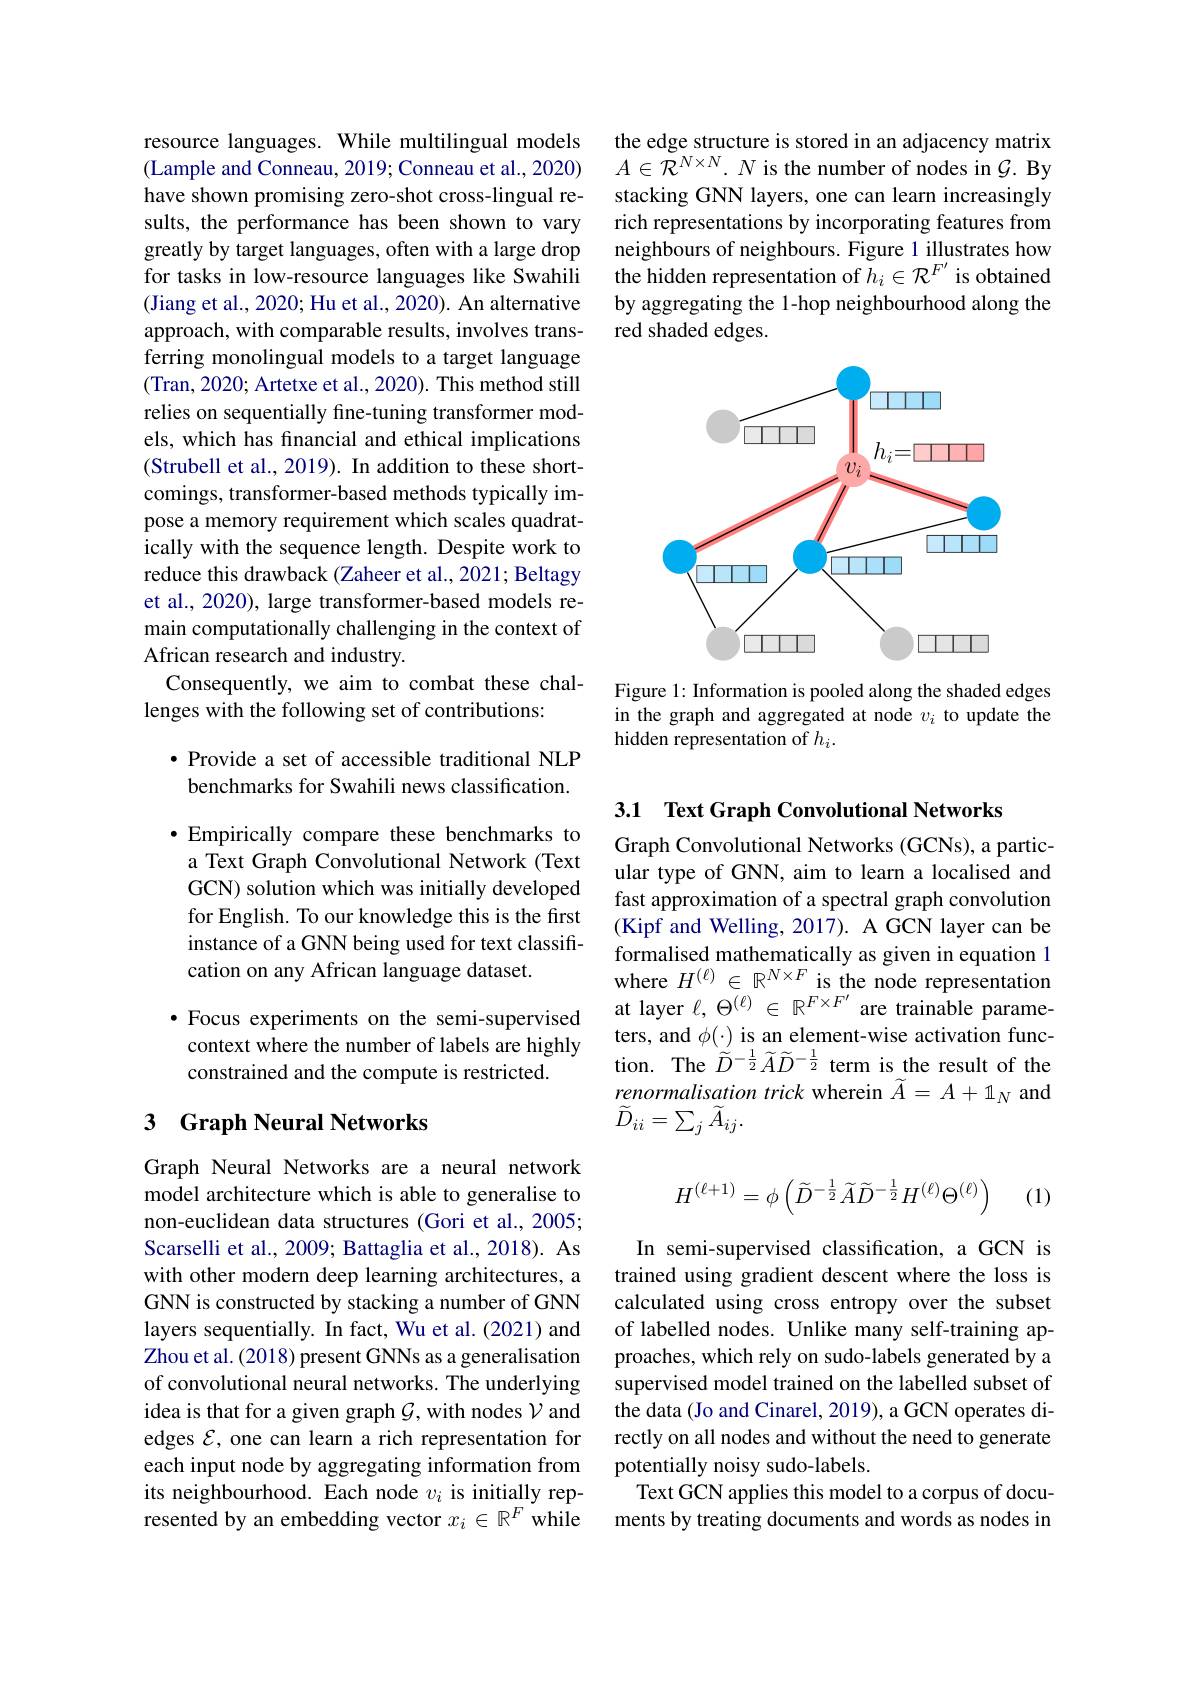
resource languages. While multilingual models (Lample and Conneau, 2019; Conneau et al., 2020) have shown promising zero-shot cross-lingual results, the performance has been shown to vary greatly by target languages, often with a large drop for tasks in low-resource languages like Swahili (Jiang et al., 2020; Hu et al., 2020). An alternative approach, with comparable results, involves transferring monolingual models to a target language (Tran, 2020; Artetxe et al., 2020). { This method still} relies on sequentially fine-tuning transformer models, which has financial and ethical implications (Strubell et al., 2019). In addition to these shortcomings, transformer-based methods typically impose a memory requirement which scales quadratically with the sequence length. Despite work to reduce this drawback (Zaheer et al., 2021; Beltagy et al., 2020), large transformer-based models remain computationally challenging in the context of African research and industry.
Consequently, we aim to combat these chal-
lenges with the following set of contributions:

$\bullet$ Provide a set of accessible traditional NLP benchmarks for Swahili news classification.

·Empirically compare these benchmarks to a Text Graph Convolutional Network (Text GCN) solution which was initially developed for English. To our knowledge this is the first instance of a GNN being used for text classification on any African language dataset.

$\bullet$ Focus experiments on the semi-supervised context where the number of labels are highly constrained and the compute is restricted.

## 3 Graph Neural Networks

Graph Neural Networks are a neural network model architecture which is able to generalise to non-euclidean data structures (Gori et al., 2005; Scarselli et al., 2009; Battaglia et al., 2018). As with other modern deep learning architectures, a GNN is constructed by stacking a number of GNN layers sequentially. In fact, Wu et al.(2021) and Zhou et al. (2018) present GNNs as a generalisation of convolutional neural networks. The underlying idea is that for a given graph $\mathcal{G}$, with nodes $\mathcal{V}$ and edges $\mathcal{E}$, one can learn a rich representation for each input node by aggregating information from its neighbourhood. Each node $v_i$ is initially represented by an embedding vector $x_i\in\mathbb{R}^F$ while

the edge structure is stored in an adjacency matrix $A\in\mathcal{R}^{N\times N}.N$ is the number of nodes in $\mathcal{G}.$ By stacking GNN layers, one can learn increasingly rich representations by incorporating features from neighbours of neighbours. Figure 1 illustrates how the hidden representation of $h_i\in\mathcal{R}^F^{\prime}$ is obtained by aggregating the 1-hop neighbourhood along the red shaded edges.

<FigureHere>

Figure 1: Information is pooled along the shaded edges in the graph and aggregated at node $v_i$ to update the hidden representation of $h_i.$

3.1 Text Graph Convolutional Networks

Graph Convolutional Networks (GCNs), a particular type of GNN, aim to learn a localised and fast approximation of a spectral graph convolution (Kipf and Welling, 2017). A GCN layer can be formalised mathematically as given in equation 1 where $H^{(\ell)}\in\mathbb{R}^{N\times F}$ is the node representation at layer $\ell,\Theta^{(\ell)}\in\mathbb{R}^{F\times F^{\prime}}$ are trainable parameters, and $\phi(\cdot)$ is an element-wise activation function. The $\widetilde{D}^{-\frac12}\widetilde{A}\widetilde{D}^{-\frac12}$ term is the result of the renormalisation trick wherein $\widetilde{A}=A+1_N$ and $\widetilde{D}_{ii}=\sum_{j}\widetilde{A}_{ij}.$

(1)
$$H^{(\ell+1)}=\phi\left(\widetilde D^{-\frac{1}{2}}\widetilde A\widetilde D^{-\frac{1}{2}}H^{(\ell)}\Theta^{(\ell)}\right)$$
In semi-supervised classification, a GCN is trained using gradient descent where the loss is calculated using cross entropy over the subset of labelled nodes. Unlike many self-training approaches, which rely on sudo-labels generated by a supervised model trained on the labelled subset of the data (Jo and Cinarel, 2019), a GCN operates directly on all nodes and without the need to generate potentially noisy sudo-labels.
Text GCN applies this model to a corpus of documents by treating documents and words as nodes in